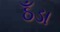
ઠઁડા